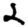
Digit: 2